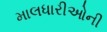
માલધારીઓની